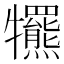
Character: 𤜑